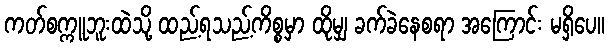
ကတ်စက္ကူဘူးထဲသို့ ထည့်ရသည့်ကိစ္စမှာ ထိုမျှ ခက်ခဲနေစရာ အကြောင်း မရှိပေ။